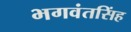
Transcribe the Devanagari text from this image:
भगवंतसिंह